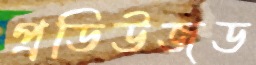
প্রডিউজড